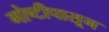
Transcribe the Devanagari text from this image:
गोष्टीपासून